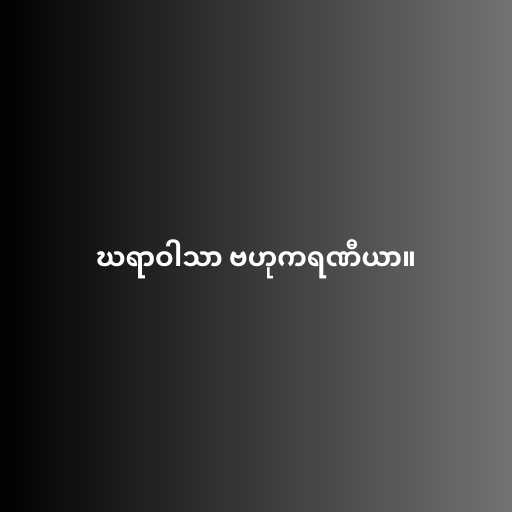
ဃရာဝါသာ ဗဟုကရဏီယာ။